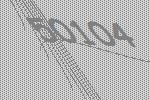
50104